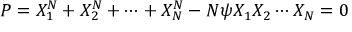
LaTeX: P = X _ { 1 } ^ { N } + X _ { 2 } ^ { N } + \cdots + X _ { N } ^ { N } - N \psi X _ { 1 } X _ { 2 } \cdots X _ { N } = 0